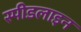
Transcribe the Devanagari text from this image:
स्पीडलाइन